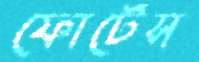
ফোর্টেস